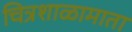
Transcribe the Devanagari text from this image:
चित्रशाळामाता